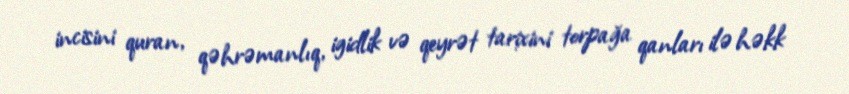
incisini quran, qəhrəmanlıq, igidlik və qeyrət tarixini torpağa qanları ilə həkk